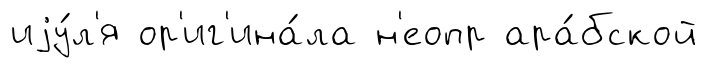
иjу́л'я ор'иг'ина́ла н'еопр ара́бской